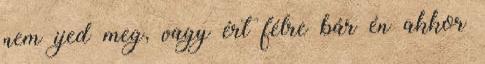
nem ijed meg, vagy ért félre bár én akkor